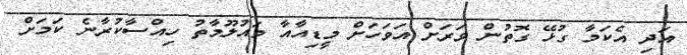
އަދި އެކަމާ ގުޅޭ ގޮތުން ވަރަށް އަވަހަށް މީޑިއާއާ މައުލޫމާތު ހިއްސާކުރާނެ ކަމަށް